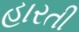
હારતી